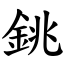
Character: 銚